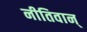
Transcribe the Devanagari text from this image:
नीतिवान्‌